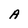
Character: A